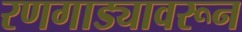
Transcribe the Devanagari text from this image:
रणगाड्यावरून